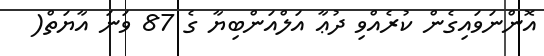
އޮންނަވައިގެން ކުރެއްވި ދުޢާ އަލްއަންބިޔާ ގެ 87 ވަނަ އާޔަތް(